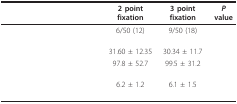
<table><thead><tr><td>[EMPTY_CELL]</td><td><b>2 point fixation</b></td><td><b>3 point fixation</b></td><td><b><i>P </i>value</b></td></tr></thead><tbody><tr><td>[EMPTY_CELL]</td><td>6/50 (12)</td><td>9/50 (18)</td><td>[EMPTY_CELL]</td></tr><tr><td>[EMPTY_CELL]</td><td>31.60 ± 12.35</td><td>30.34 ± 11.7</td><td>[EMPTY_CELL]</td></tr><tr><td>[EMPTY_CELL]</td><td>97.8 ± 52.7</td><td>99.5 ± 31.2</td><td>[EMPTY_CELL]</td></tr><tr><td>[EMPTY_CELL]</td><td>6.2 ± 1.2</td><td>6.1 ± 1.5</td><td>[EMPTY_CELL]</td></tr></tbody></table>